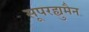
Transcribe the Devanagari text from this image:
सूपरह्युमैन